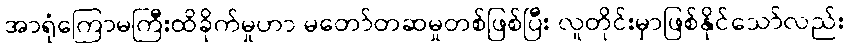
အာရုံကြောမကြီးထိခိုက်မှုဟာ မတော်တဆမှုတစ်ဖြစ်ပြီး လူတိုင်းမှာဖြစ်နိုင်သော်လည်း